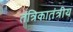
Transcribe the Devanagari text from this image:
तंत्रिकातंत्रीय